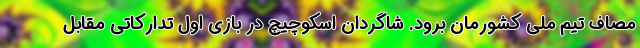
مصاف تیم ملی کشورمان برود. شاگردان اسکوچیچ در بازی اول تدارکاتی مقابل